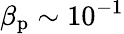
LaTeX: \beta_{\mathrm{p}}\sim 10^{-1}